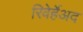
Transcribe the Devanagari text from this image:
रिवेर्हेअद